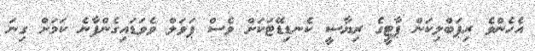
އެހެންވެ ރިޕަބްލިކަން ޕާޓީގެ ރިޔާސީ ކެނޑިޑޭޓަކަށް ވެސް ޕަވަލް ވެވަޑައިގެންފާނެ ކަމަށް ގިނަ